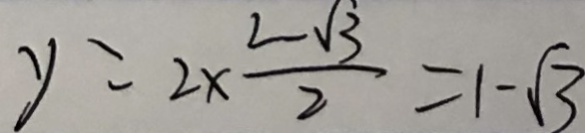
y = 2 \times \frac { 2 \sqrt { 3 } } { 2 } = 1 - \sqrt { 3 }